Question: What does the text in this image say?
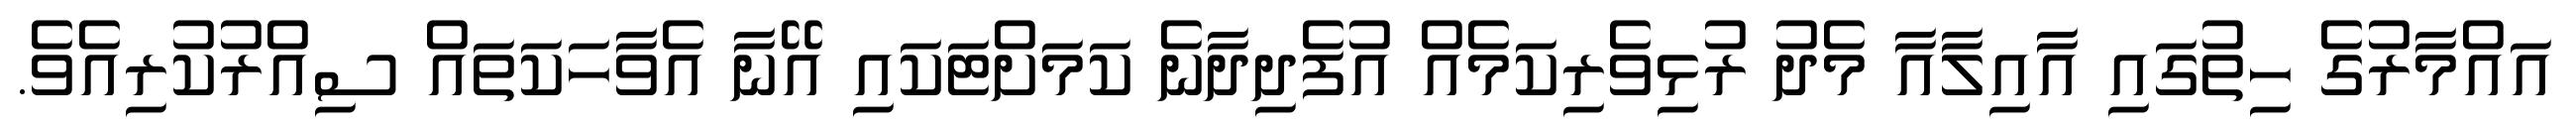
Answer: އައްމާރުގެ ހިތުގައި އާއިލާއާ މެދު ރުޅިވެރިކަމެއް އުފެދިދާނެ ކަމަށްޓަކައި އޭނާ އެވާހަކަތައް ސިއްރުކުރިއެވެ.